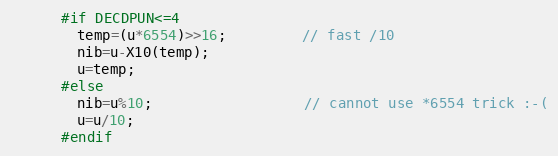
Language: C
      #if DECDPUN<=4
        temp=(u*6554)>>16;         // fast /10
        nib=u-X10(temp);
        u=temp;
      #else
        nib=u%10;                  // cannot use *6554 trick :-(
        u=u/10;
      #endif